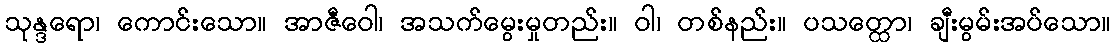
သုန္ဒရော၊ ကောင်းသော။ အာဇီဝေါ၊ အသက်မွေးမှုတည်း။ ဝါ၊ တစ်နည်း။ ပသတ္ထော၊ ချီးမွမ်းအပ်သော။